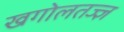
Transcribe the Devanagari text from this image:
खगोलतज्ज्ञ